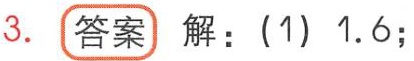
3. **答案** 解：(1) 1.6；